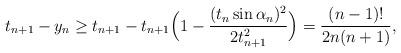
LaTeX: \begin{align*}t_{n+1}-y_n\ge t_{n+1}-t_{n+1}\Big(1-\frac{(t_{n}\sin\alpha_n)^2}{2t_{n+1}^{2}}\Big)=\frac{(n-1)!}{2n(n+1)},\end{align*}